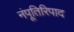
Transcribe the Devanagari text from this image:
नंपूतिरिपाद